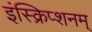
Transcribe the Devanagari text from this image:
इंस्क्रिप्शनम्